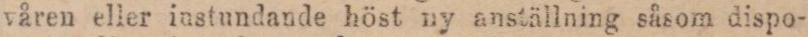
våren eller instundande höst ny anställning såsom dispo-